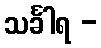
သင်္ခါရ -